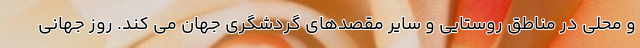
و محلی در مناطق روستایی و سایر مقصدهای گردشگری جهان می کند. روز جهانی